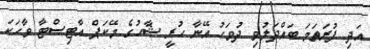
އަދި ފުރަތަމަ ބައްދަލުވި ދުވަހު އޭނާ ހުރީ ޝާހުގެ މޭކަޕް އާޓިސްޓާ ވާހަކަ